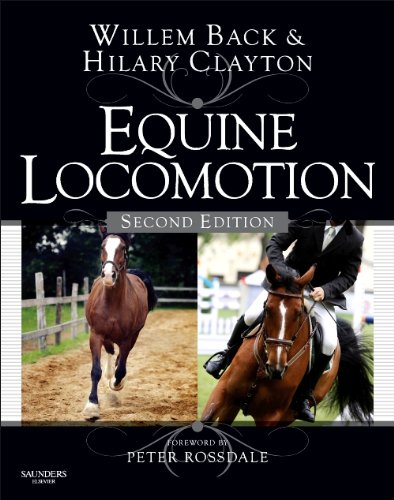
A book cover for Equine Locomotion, 2e; Medical Books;